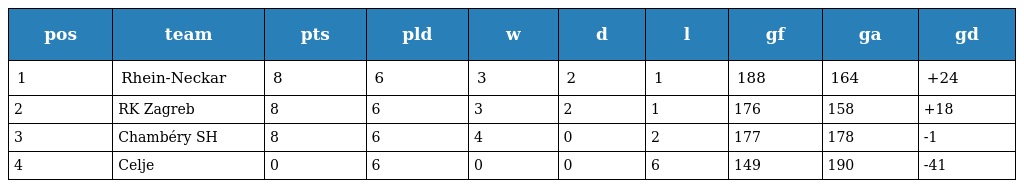
| pos | team | pts | pld | w | d | l | gf | ga | gd |
 | --- | --- | --- | --- | --- | --- | --- | --- | --- | --- |
 | 1 | Rhein-Neckar | 8 | 6 | 3 | 2 | 1 | 188 | 164 | +24 |
 | 2 | RK Zagreb | 8 | 6 | 3 | 2 | 1 | 176 | 158 | +18 |
 | 3 | Chambéry SH | 8 | 6 | 4 | 0 | 2 | 177 | 178 | -1 |
 | 4 | Celje | 0 | 6 | 0 | 0 | 6 | 149 | 190 | -41 |